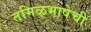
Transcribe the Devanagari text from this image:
तमिऴभाषेची